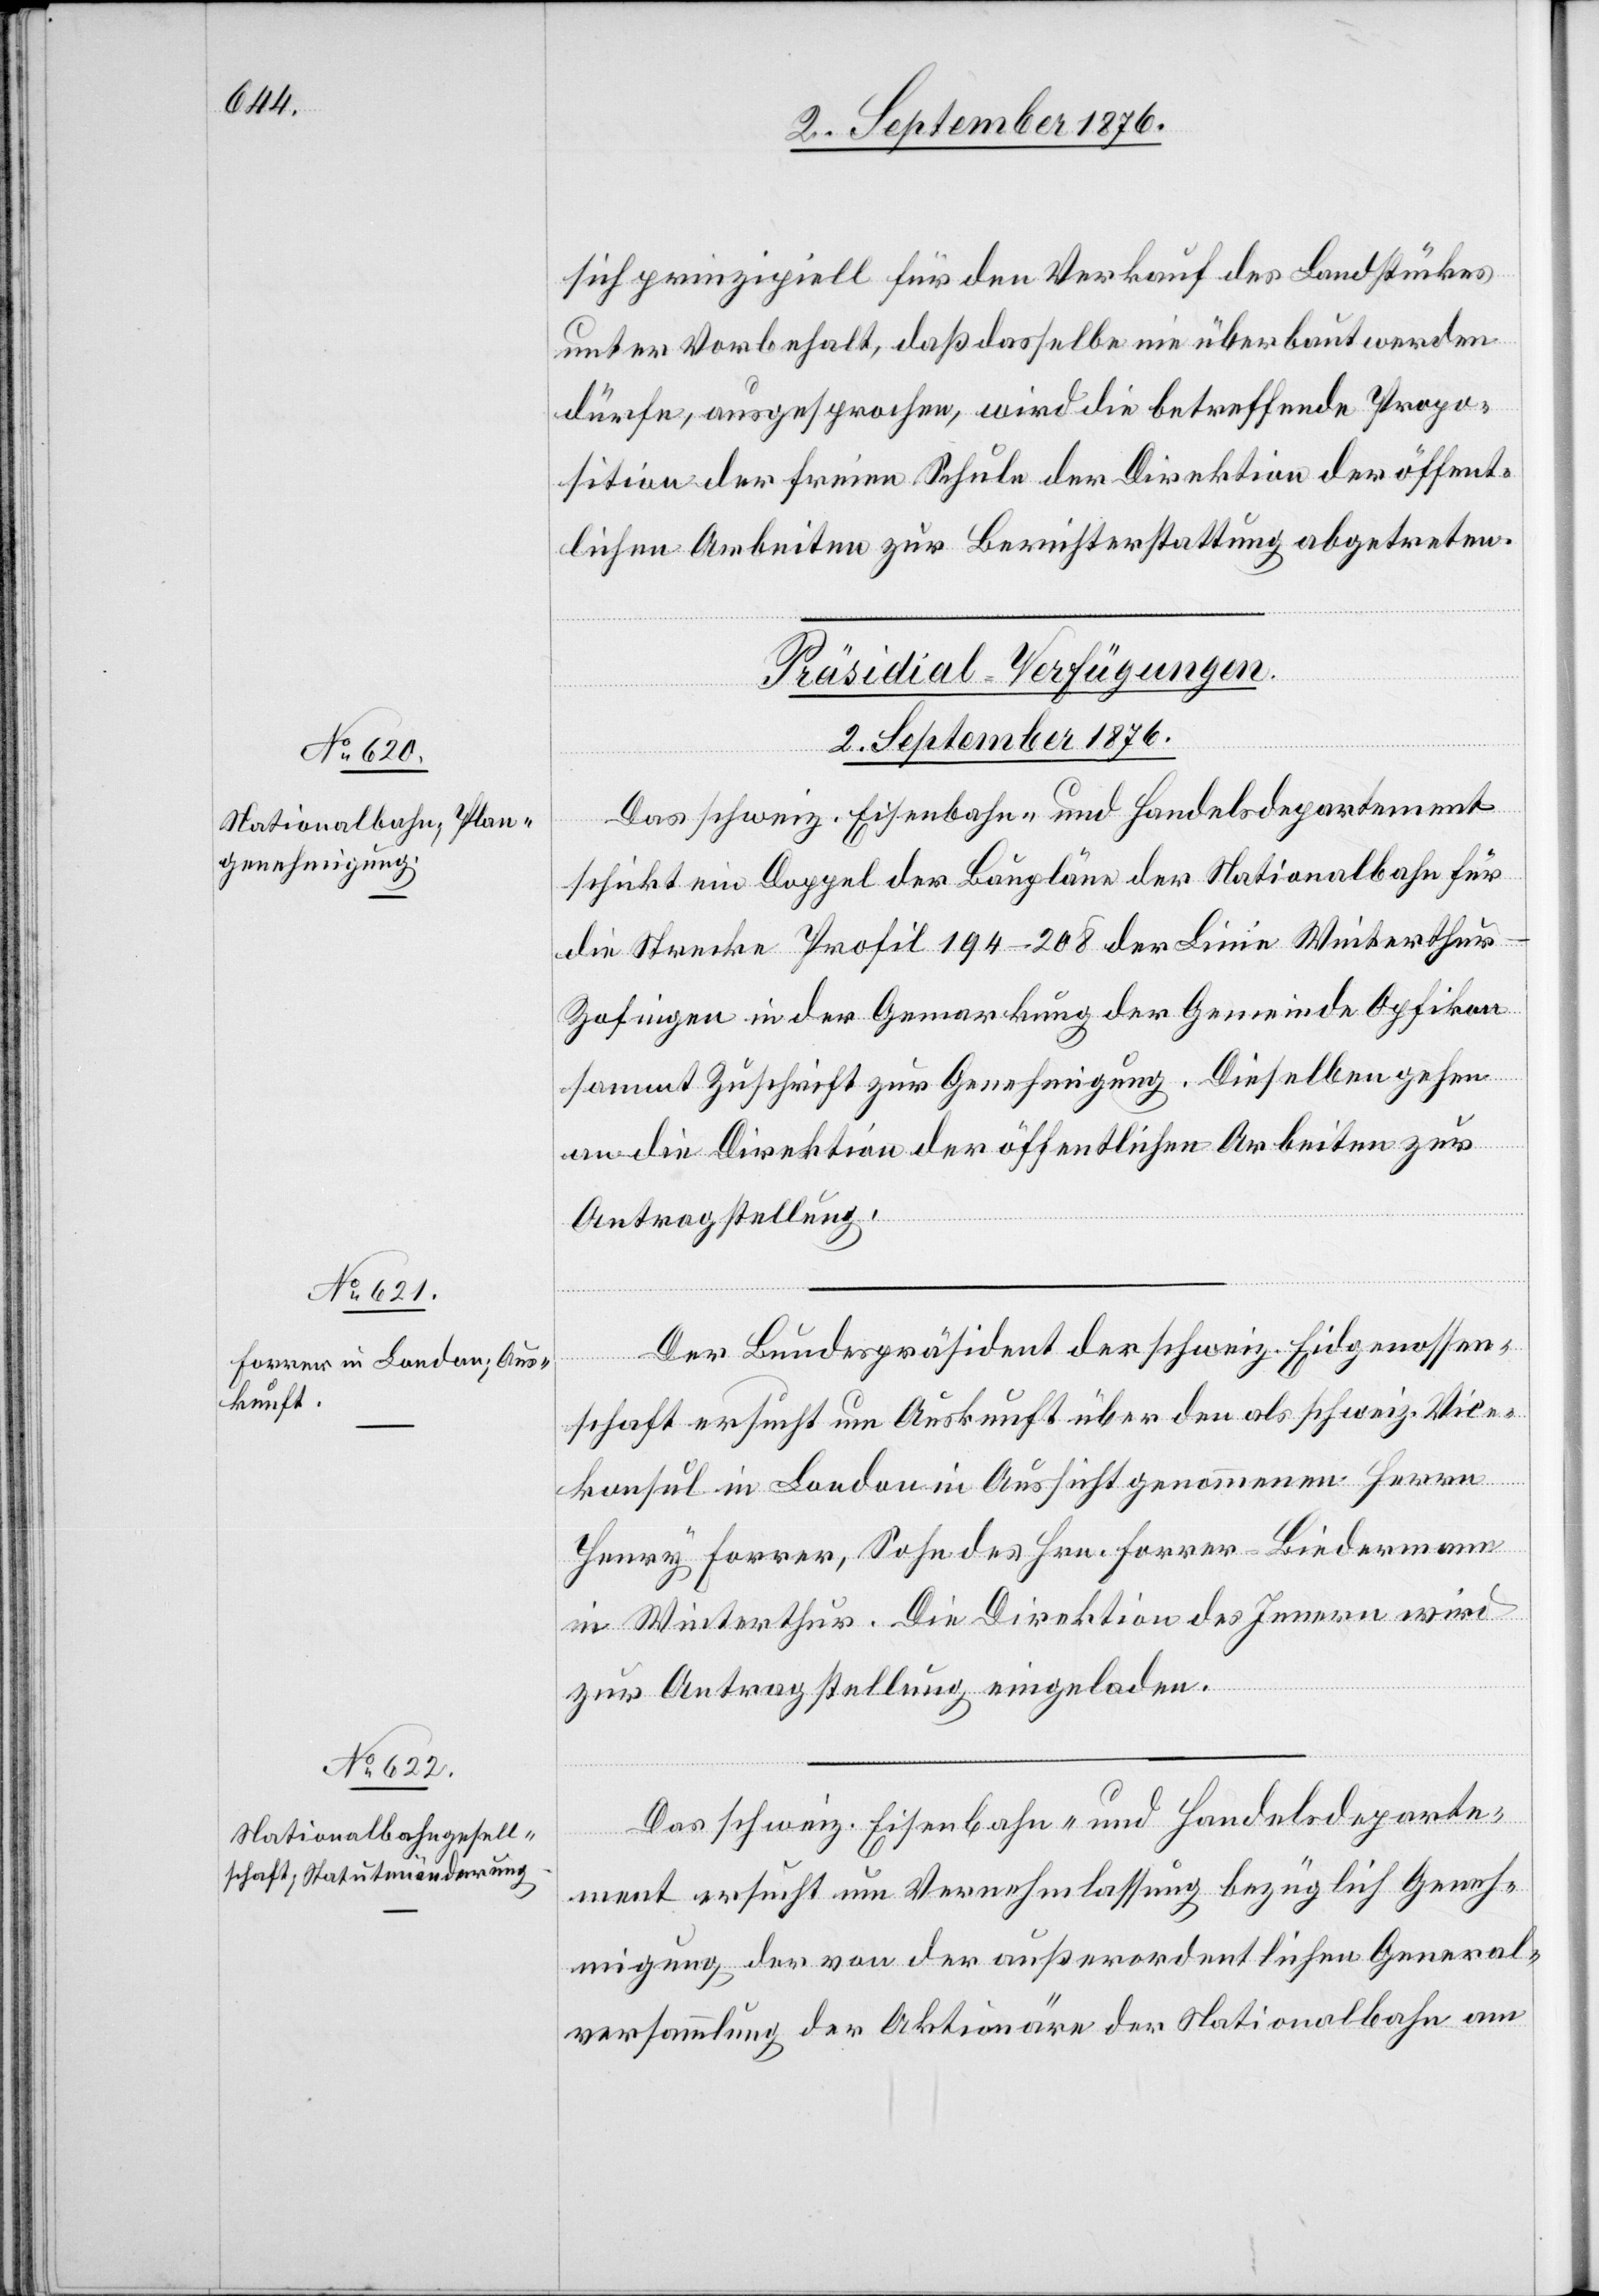
Eidgenossen¬

sich prinzipiell für den Verkauf des Landstückes
unter Vorbehalt, daß dasselbe nie überbaut werden
dürfe, ausgesprochen, wird die betreffende Propo¬
sition der freien Schule der Direktion der öffent¬
lichen Arbeiten zur Berichterstattung abgetreten.
[Präsidial-Verfügungen.
2. September 1876.]
Das schweiz. Eisenbahn- und Handelsdepartement
schickt ein Doppel der Baupläne der Nationalbahn für
die Strecke Profil 194–208 der Linie Winterthu¬
r–Zofingen in der Gemarkung der Gemeinde Opfikon
sammt Zuschrift zur Genehmigung. Dieselben gehen
an die Direktion der öffentlichen Arbeiten zur
Antragstellung.
schaft ersucht um Auskunft über den als schweiz. Vize¬
konsul in London in Aussicht genommenen Herrn
Henry Forrer, Sohn des Hrn. Forrer-Biedermann
in Winterthur. Die Direktion des Innern wird
zur Antragstellung eingeladen.
Das schweiz. Eisenbahn- und Handelsdeparte¬
ment ersucht um Vernehmlassung bezüglich Geneh¬
migung der von der außerordentlichen General¬
versammlung der Aktionäre der Nationalbahn am